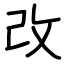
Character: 改